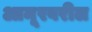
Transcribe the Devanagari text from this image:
आमूरवरील